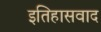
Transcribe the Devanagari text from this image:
इतिहासवाद